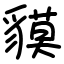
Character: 貘